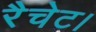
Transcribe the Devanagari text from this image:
रैचेट।